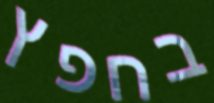
בחפץ